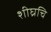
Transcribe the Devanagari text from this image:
शीघ्रचि